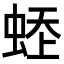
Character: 𧋹